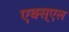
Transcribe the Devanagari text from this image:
एक्स्एल